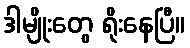
ဒါမျိုးတွေ ရိုးနေပြီ။